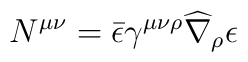
N^{\mu \nu} = \bar \epsilon\gamma^{\mu \nu \rho}\widehat\nabla_{\rho} \epsilon